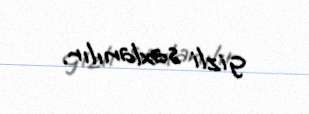
gizli saxlanılır.